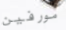
مورفين